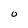
Character: O